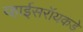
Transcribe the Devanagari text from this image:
व्हाईसरॉयकडे